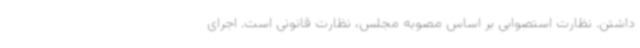
داشتن. نظارت استصوابی بر اساس مصوبه مجلس، نظارت قانونی است. اجرای